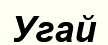
Угай